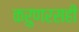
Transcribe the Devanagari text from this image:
करुणरसही